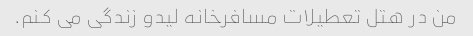
من در هتل تعطیلات مسافرخانه لیدو زندگی می کنم.